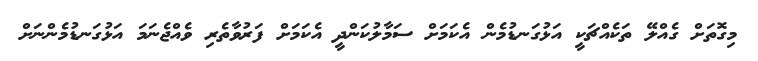
މިގޮތަށް ގެއްލޭ ތަކެއްޗަކީ އަޅުގަނޑުމެން އެކަމަށް ސަމާލުކަންދީ އެކަމަށް ފަރުވާތެރި ވެއްޖެނަމަ އަޅުގަނޑުމެންނަށް